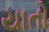
યાતો